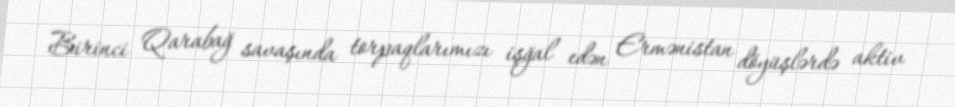
Birinci Qarabağ savaşında torpaqlarımızı işğal edən Ermənistan döyüşlərdə aktiv